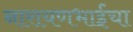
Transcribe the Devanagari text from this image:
नारायणभाईंचा